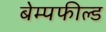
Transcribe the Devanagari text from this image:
बेम्पफील्ड